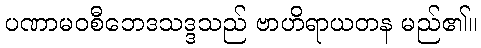
ပဏာမဝစီဘေဒသဒ္ဒသည် ဗာဟိရာယတန မည်၏။